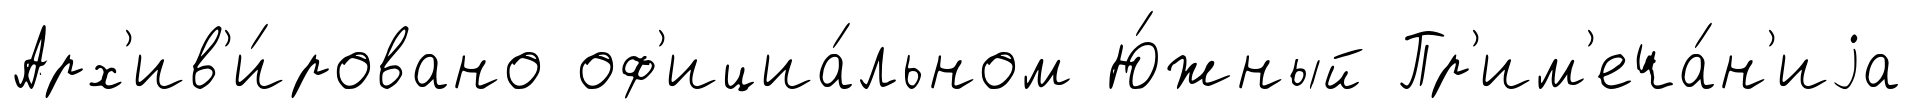
Арх'ив'и́ровано оф'ициа́льном Ю́жный Пр'им'еча́н'иjа